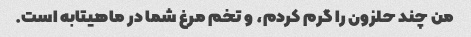
من چند حلزون را گرم کردم، و تخم مرغ شما در ماهیتابه است.